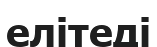
елітеді